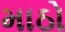
માઠો